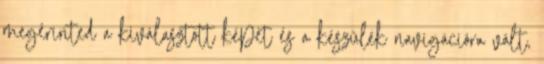
megérinted a kiválasztott képet és a készülék navigációra vált,